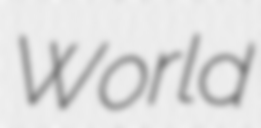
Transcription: World